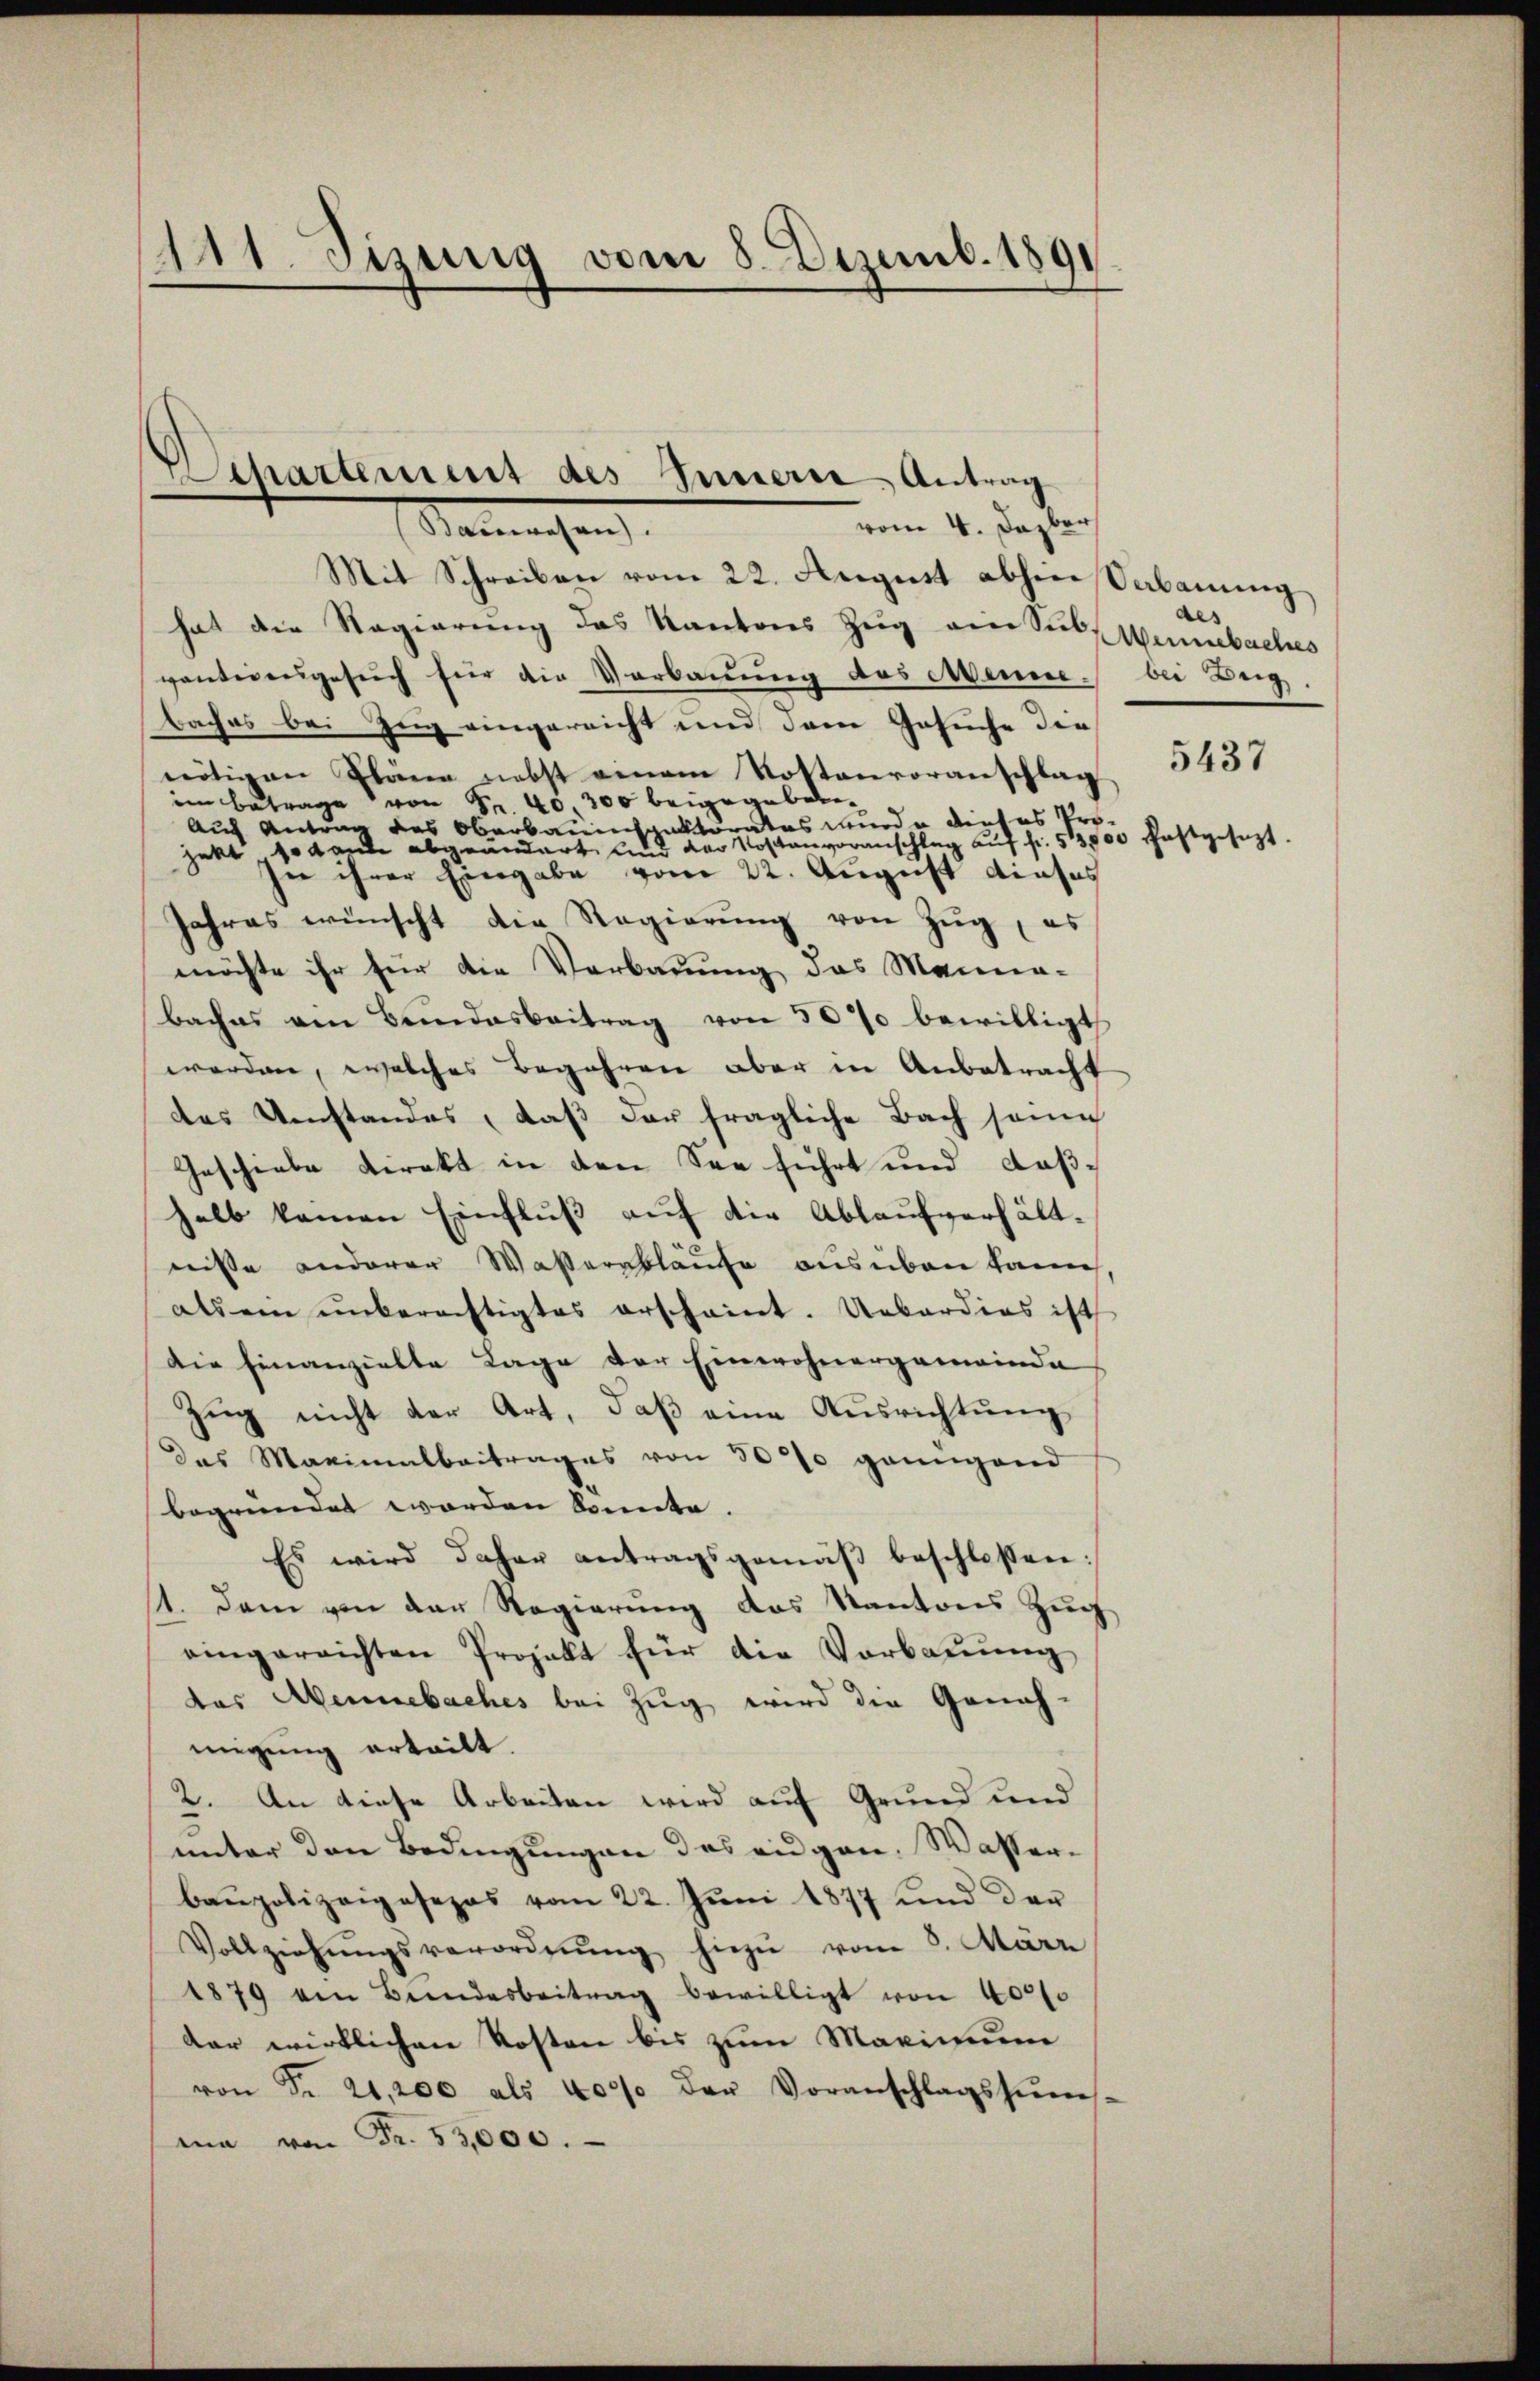
111. Jizung vom 8. Dezemb. 1891

parument des Innere Antrag
vom 4. Dazber
Senmachen

Mit Schreiben vom 22. August abhin Sabanŭng
hat die Regierung des Kantons Zug ein Sul Weinbaches
vantiengesuch für die Verbauung des Menne bei Beg
baches bei Zeig eingereicht und dem Gesuche der
nötigen Pläne nebst einem Kostenvoranschlag
im Betrage von Fr. 40, 300 beigegeben¬
Auch Antrag des Oberbauenspektorates wurde dieses Projekt sodann abgeändert, und der Kostenvoranschlag auf fr. 513,000 festgesezt.
in ihrer Eingabe vom 22. August dieses
Jahres wünscht die Regierŭng von Zŭg, es
möchte ihr für die Verbauung das Manna-
Baches von Bundesbeitrag von 50% bewilligt
werden, welches Begehren aber in Anbetracht
das Umstandes, daß der fragliche Bach seine
Geschiebe Direkt in den See führt und daßhalb kamen Einfluß auf die Ablaufverhältnisse anderer Wassernklause ausüben kann,
als ein unberechtigtes erscheint. Ueberdies ist
Die hinanzielte Lage der Einwohnergemeinda
Zug nicht der Art, daß eine Ausrichtung
Das Maximalbertrages von 30% genügend
begründet worden konnte.
Es wird daher antragsgemäβ beschlossen:
11. dann von der Regierŭng das Kantons Zŭg
eingereichten Projekt für die Vorbauung
das Mennebaches bei Zug wird die Geneh-
migung erteilt.
2. An diese Arbeiten wird auf Grund und
unter den Bedingungen des eigen. Wasserbaupolizeiposezes vom 22. Juni 1877 und der
Vollziehŭngsverordnŭng hiezu vom 3. März
1879 von Bundesbeitrag bewilligt von 400f
der wirklichen Kosten bis zum Maximum
von Fr. 21,200 als 4000 der Voranschlagsheer
ma von Fr. 53,000.

als
5437